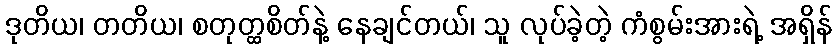
ဒုတိယ၊ တတိယ၊ စတုတ္ထစိတ်နဲ့ နေချင်တယ်၊ သူ လုပ်ခဲ့တဲ့ ကံစွမ်းအားရဲ့ အရှိန်